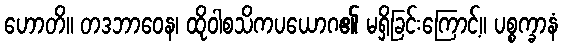
ဟောတိ။ တဒဘာဝေန၊ ထိုဝါစသိကပယောဂ၏ မရှိခြင်းကြောင့်။ ပစ္စက္ခာနံ